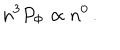
LaTeX: n ^ { 3 } P _ { \mathrm { \Phi } } \propto n ^ { 0 } \, .